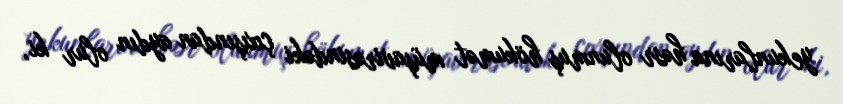
yekunlarına həsr olunmuş hökumət müşavirəsindəki çıxışından aydın olur ki,